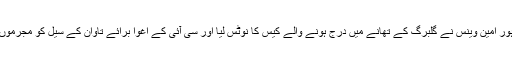
خبر میں مزید بتایا گیا ہے کہ سی سی پی او لاہور امین وینس نے گلبرگ کے تھانے میں درج ہونے والے کیس کا نوٹس لیا اور سی آئی کے اغوا برائے تاوان کے سیل کو مجرموں کی گرفتاری اور بچے کی بازیابی کا حکم دیا۔